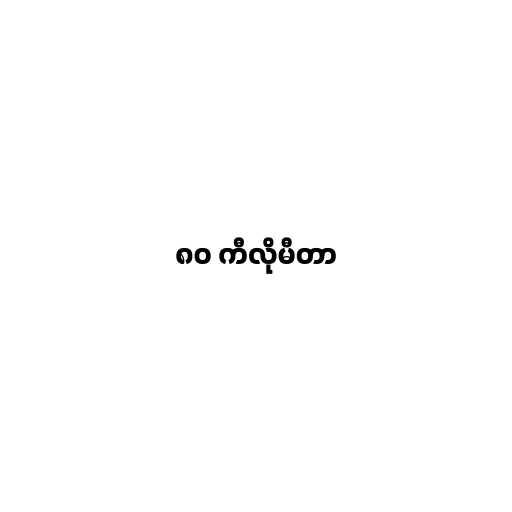
၈၀ ကီလိုမီတာ